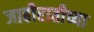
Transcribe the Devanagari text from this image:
जाहीरातीच्या